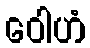
ဝေါဟံ